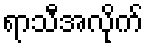
ရာသီအလိုက်